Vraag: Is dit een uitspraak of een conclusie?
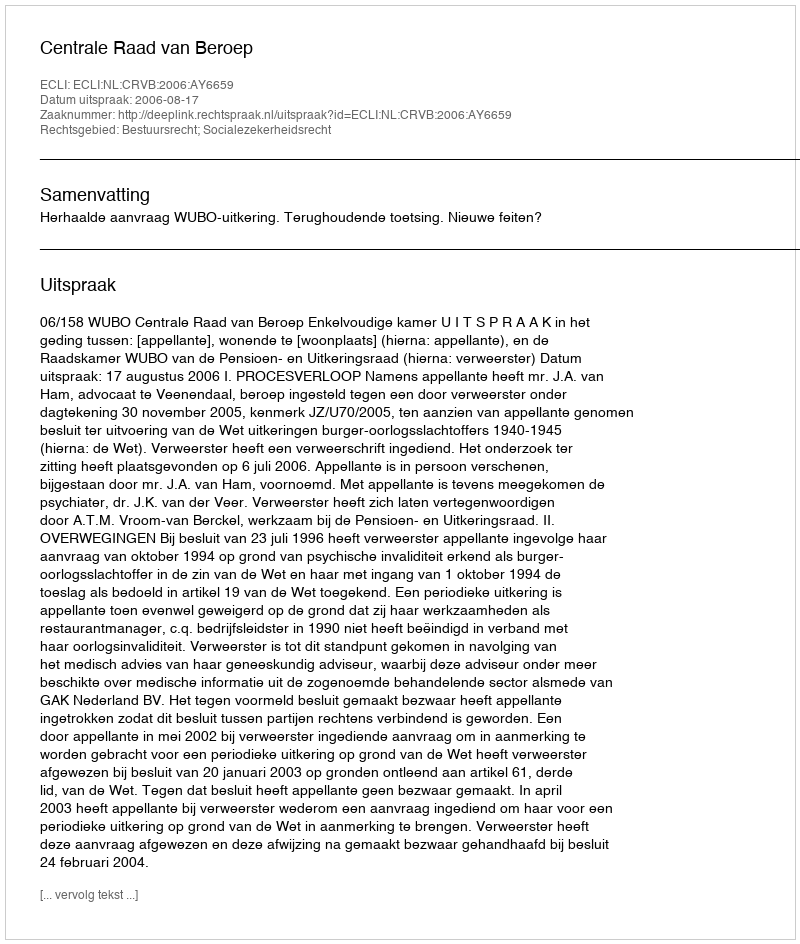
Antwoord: Uitspraak